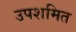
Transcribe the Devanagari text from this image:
उपशमित